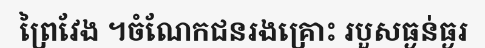
ព្រៃវែង ។ចំណែកជនរងគ្រោះ របួសធ្ងន់ធ្ងរ